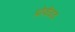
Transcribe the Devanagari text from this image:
प्रोवीडंड